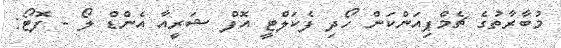
މުބާރާތުގެ ޗެމްޕިއަންކަން ހޯދި ފެކަލްޓީ އޮފް ޝަރީއާ އެންޑް ލޯ - ފޮޓޯ: